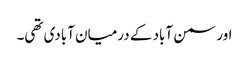
اور سمن آباد کے درمیان آبادی تھی۔